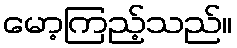
မော့ကြည့်သည်။